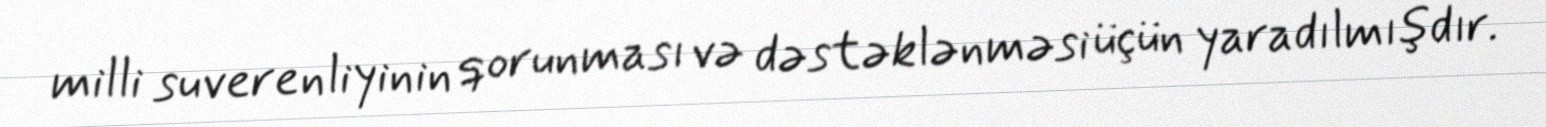
milli suverenliyinin qorunması və dəstəklənməsi üçün yaradılmışdır.